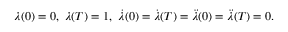
\begin{array} { r } { \lambda ( 0 ) = 0 , ~ \lambda ( T ) = 1 , ~ \dot { \lambda } ( 0 ) = \dot { \lambda } ( T ) = \ddot { \lambda } ( 0 ) = \ddot { \lambda } ( T ) = 0 . } \end{array}